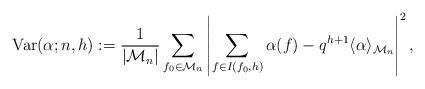
LaTeX: \begin{align*}\mathrm{Var}(\alpha;n,h) := \frac{1}{\left| \mathcal{M}_n \right|} \sum_{f_0 \in \mathcal{M}_n} \left| \sum_{f \in I(f_0,h)} \alpha(f) - q^{h+1} \langle \alpha \rangle_{\mathcal{M}_n}\right|^2,\end{align*}